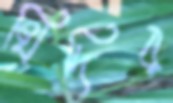
খিদির